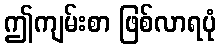
ဤကျမ်းစာ ဖြစ်လာရပုံ